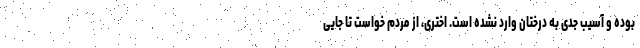
بوده و آسیب جدی به درختان وارد نشده است. اختری، از مردم خواست تا جایی